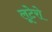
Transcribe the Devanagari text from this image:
लूटेरो